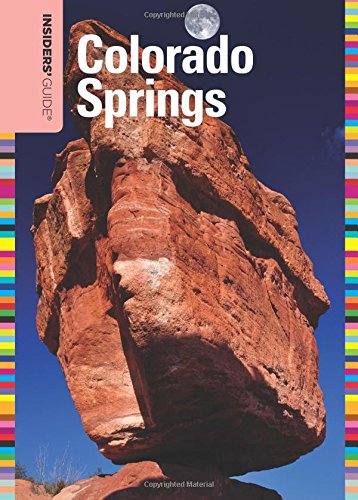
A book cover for Insiders' GuideÂ® to Colorado Springs (Insiders' Guide Series); Linda Duval; Travel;